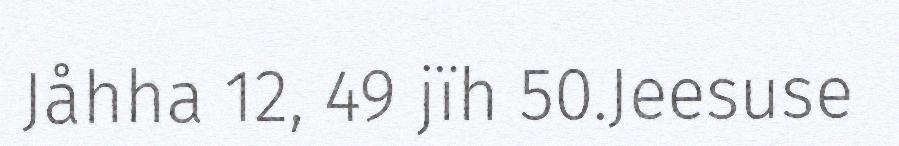
Jåhha 12, 49 jïh 50.Jeesuse